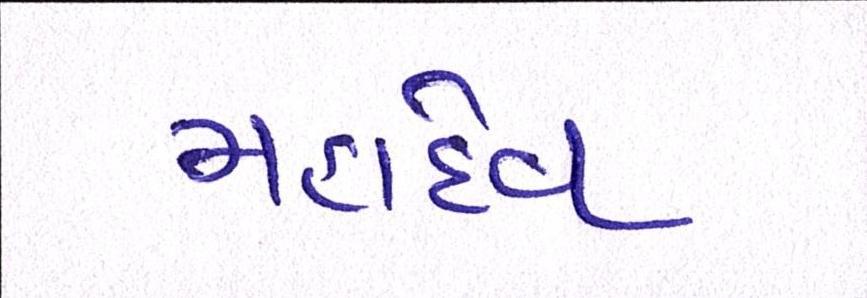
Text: મહાદેવ